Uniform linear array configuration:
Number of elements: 4
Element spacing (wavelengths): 0.75
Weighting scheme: cosine
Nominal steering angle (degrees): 45
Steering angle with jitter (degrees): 44.896
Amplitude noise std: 0.05
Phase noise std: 0.05

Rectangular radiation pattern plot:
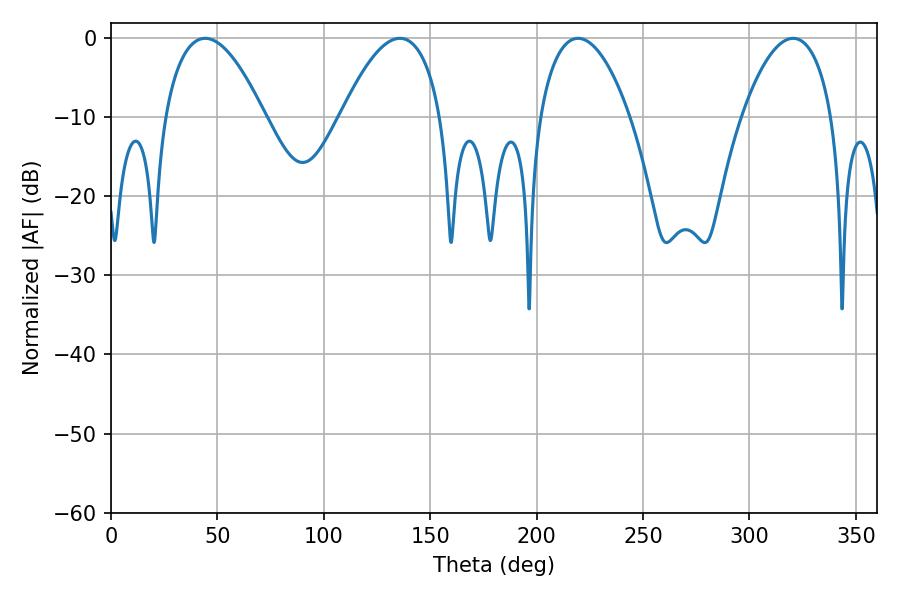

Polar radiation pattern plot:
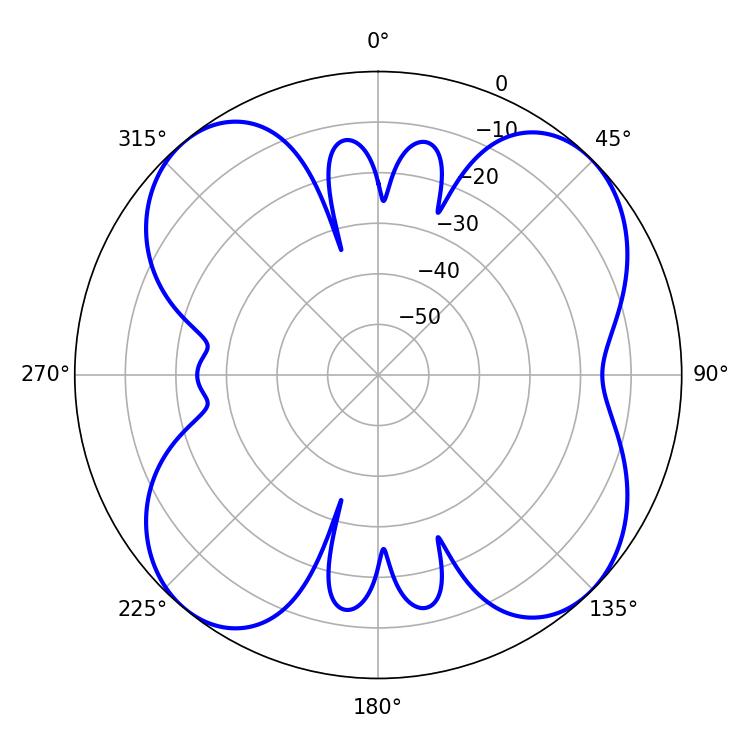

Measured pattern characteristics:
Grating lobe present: TRUE
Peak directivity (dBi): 11.678
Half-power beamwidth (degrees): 25.92
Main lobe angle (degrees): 44.28